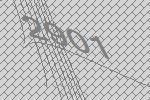
2901